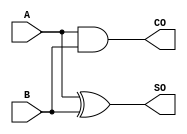
module h_adder (A,B,SO,CO);
	input A,B;
	output SO,CO;
	assign CO = A & B;
	assign SO = A ^ B;
endmodule